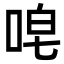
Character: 唣